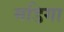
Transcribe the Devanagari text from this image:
मडिगा